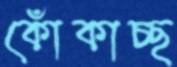
কোঁকাচ্ছ